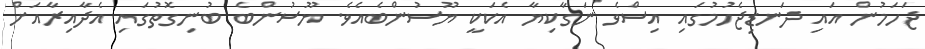
ޖަހަމުން އައި ދަނޑިޖެހުމުގައި އިސްވެ ނަގާކިޔާ އެކަކީ ޔޫސުންބެއެވެ. ޔޫސުންބެ ބުނިގޮތުގައި އެދާއިރާއަށް